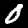
Digit: 0